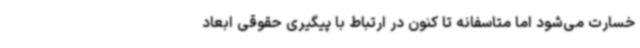
خسارت می‌شود اما متاسفانه تا کنون در ارتباط با پیگیری حقوقی ابعاد